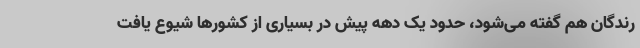
رندگان هم گفته می‌شود، حدود یک دهه پیش در بسیاری از کشورها شیوع یافت